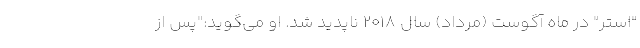
"استر" در ماه آگوست (مرداد) سال 2018 ناپدید شد. او می‌گوید:"پس از